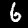
Label: 6